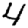
Digit: 4